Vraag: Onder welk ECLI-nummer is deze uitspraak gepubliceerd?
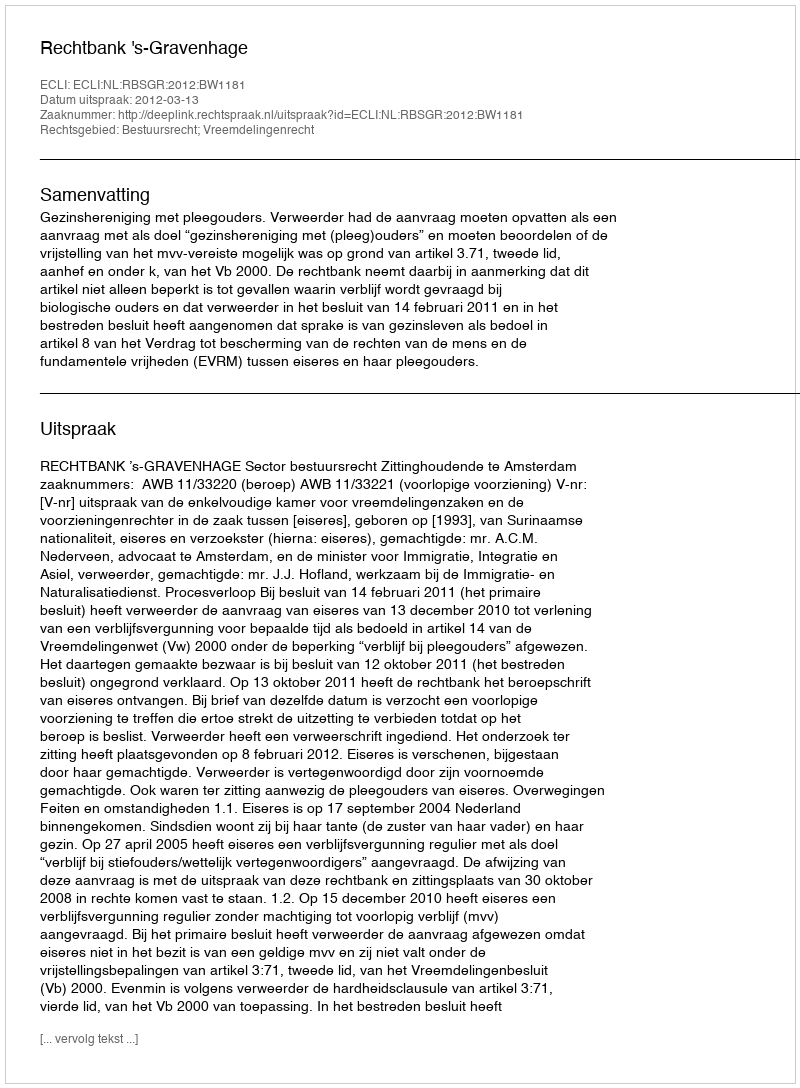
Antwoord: ECLI:NL:RBSGR:2012:BW1181